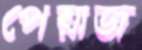
পেয়াজ